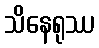
သိနေရုဿ